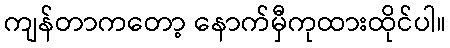
ကျန်တာကတော့ နောက်မှီကုထားထိုင်ပါ။